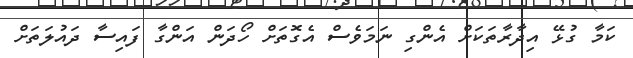
ކަމާ ގުޅޭ އިދާރާތަކަށް އެންގި ނަމަވެސް އެގޮތަށް ހޯދަން އަންގާ ފައިސާ ދައުލަތަށް